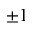
\pm 1